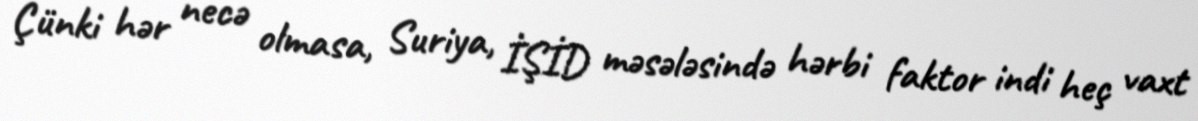
Çünki hər necə olmasa, Suriya, İŞİD məsələsində hərbi faktor indi heç vaxt